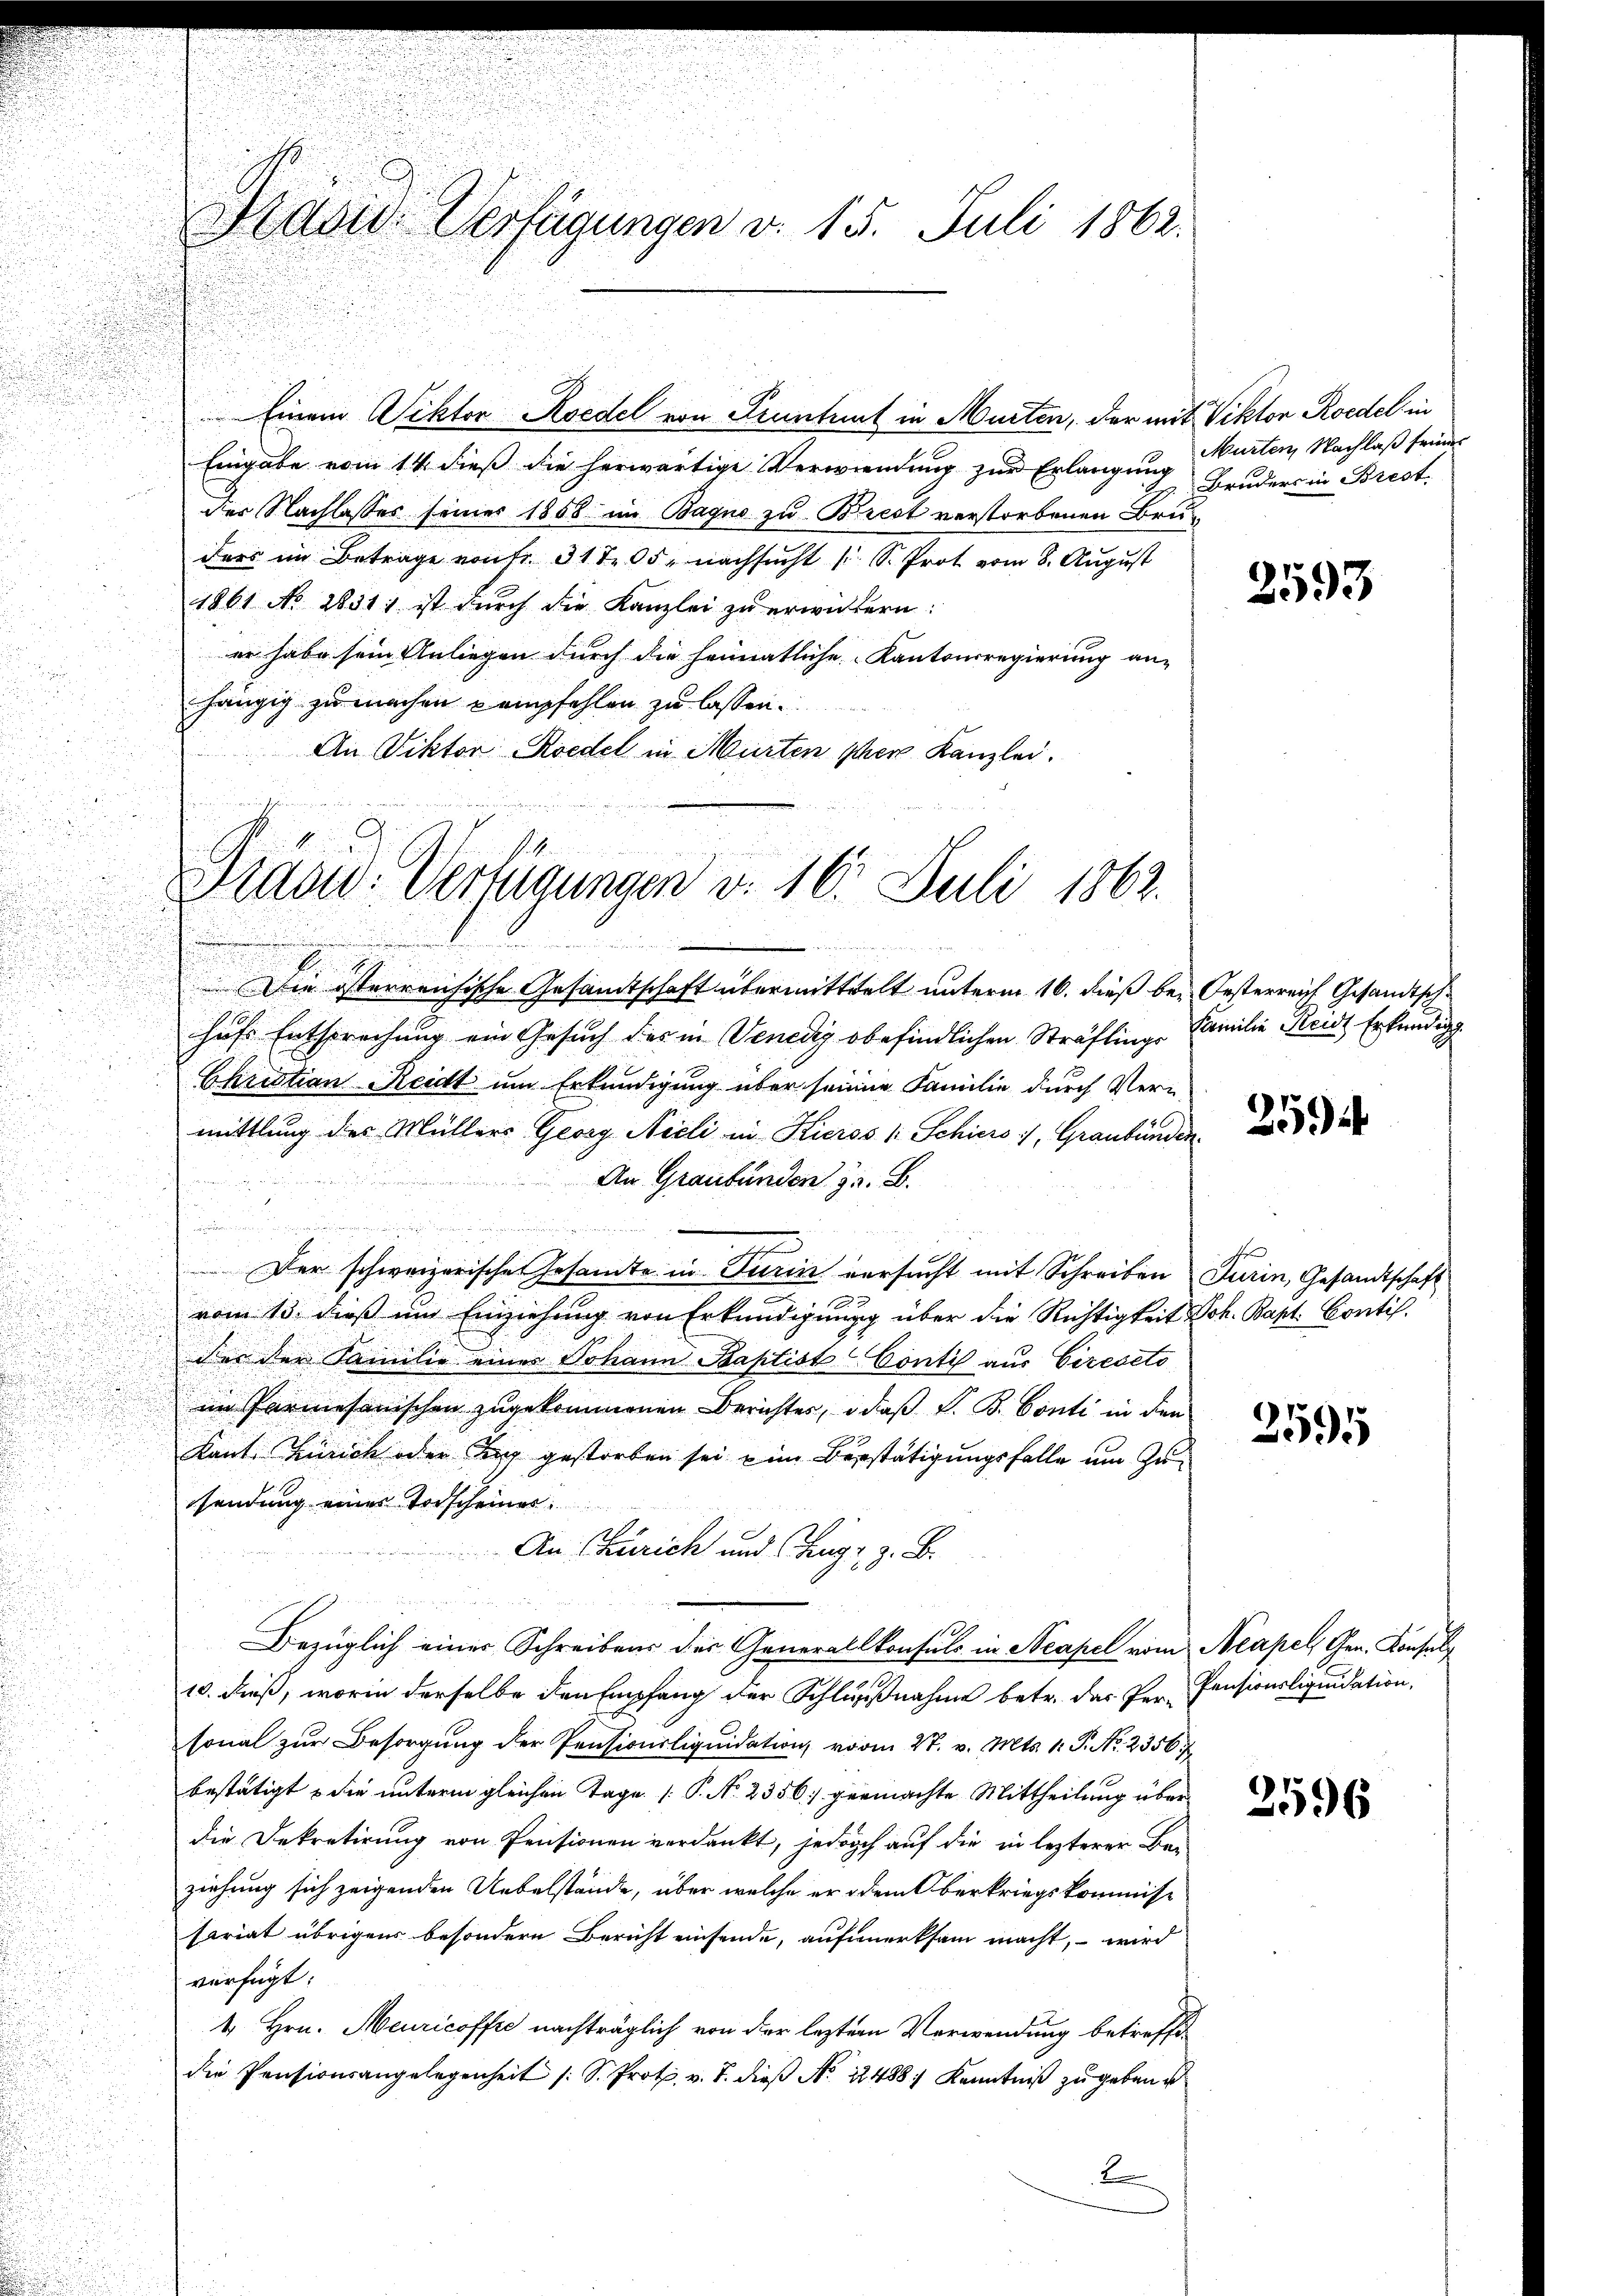
Prädie Verfügungen v. 15. Juli 1862.

u
u

Eingabe vom 14. dieß die herwärtige Verwendung zur Erlangung
der Nachlasses seiner 1858 im Bagno zu Brest verstorbenen Bruders im Betrage von fr. 31 t 05, nachsucht (S. Prot vom 8. August
1861 No 2831) ist durch die Kanzlei zu erwickern:
er habe sein Anliegen durch die heimatliche Kantonsregierung an-
hängig zu machen empfehlen zu lassen.
An Viktor Roedel in Murten Ihrer Kanzlei.

Einem Viktor Roedel von Pruntrut in Murten, der mit Viktor Roedel in

Präsid. Verfügungen v. 16. Juli 1862.

Die österreichische Gesamtschaft übermittwelt unterm 16. dieß bei Oesterreich Gesandtsch
hufs Entsprechung ein Gesuch des in Venedig obefindlichen Sträflinge Familie Reidt, Erkundig
Christian Reidt um Erkundigung über seinen Familie durch Vermittlung der Müllers Georg Nicli in Hieros 1. Schiers, Graubünden
An Graubünden z. B.

Der schweizerische Gesandte in Turin versucht mit Schreiben Turin, Gesandtschaft
2
vom 13. dieß und Einziehung von Erkundigung über die Richtigkeit Joh. Bapt. Contif.
des der Familie eines Johann Baptist Conti aus Circseto
im Parmesanischen zugekommenen Berichtes, daß F. B. Conti in den
Kant. Zürich oder Tag gestorben sei zum Bestätigungsfalle um Zusendung eines Todscheines
An Zürich und Trage, z. B.
Bezüglich einer Schreibens der Generallkonsuls in Neapel vom Neapel, Gen. Konsul
10. dieß, worin derselbe den Empfang der Schlußnahme betr. das Per-Pensionsliquidation,
sonal zur Besorgung der Pensionsliquidation vom 27. v. Mts. 1. P. Nr. 2356. 7
bestätigt & die unterm gleichen Tage [P. No. 2356] germachte Mittheilung über
die Dekretirung von Pensionen verdankt, jedoch auf die in lezterer Bei-
ziehung sich zeigenden Uebelstände, über welche er dem Oberkriegskommiss
sariat übrigen besondern Bericht einsende, aufmerksam macht, – wird
verfügt:
4 Hrn. Meuricoffre nachträglich von der leztern Verwendung betreffedie Pensionsangelegenheit /: S. Prot. v. J. dieβ No. 2488: Kenntniß zu geben i
B

Murten, Nachlaß seiner
Bruders in Brest.

2593

259

2596